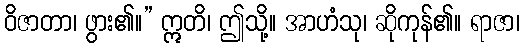
ဝိဇာတာ၊ ဖွား၏။” ဣတိ၊ ဤသို့။ အာဟံသု၊ ဆိုကုန်၏။ ရာဇာ၊